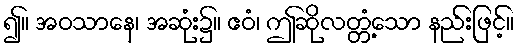
၍။ အဝသာနေ၊ အဆုံး၌။ ဧဝံ၊ ဤဆိုလတ္တံ့သော နည်းဖြင့်။